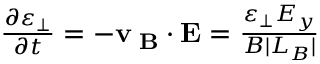
\begin{array} { r } { \frac { \partial \varepsilon _ { \perp } } { \partial t } = - { \bf v _ { \nabla B } } \cdot { \bf E } = \frac { \varepsilon _ { \perp } E _ { y } } { B | L _ { B } | } } \end{array}